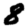
Digit: 8